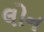
લોન